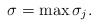
LaTeX: \begin{align*}\sigma= \max \sigma_{j}.\end{align*}